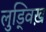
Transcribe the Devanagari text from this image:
लुड्विख़